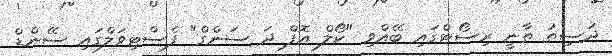
ދުސިތު ތާނީ ރިސޯޓްގައި ބޭއްވި "ކޯލް އޮފް ދަ ސަންގް" ފެސްޓިވަލްގައި ސޭންޑް